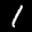
Label: 1